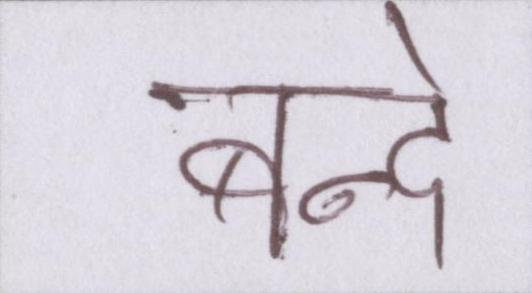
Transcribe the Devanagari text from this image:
बन्दे